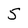
Character: 5